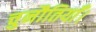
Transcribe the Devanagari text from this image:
चुनौतियाँ।